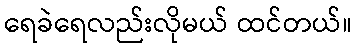
ရေခဲရေလည်းလိုမယ် ထင်တယ်။